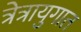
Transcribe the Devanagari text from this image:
त्रेत्रायुगात